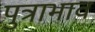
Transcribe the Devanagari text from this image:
पुत्राभाव